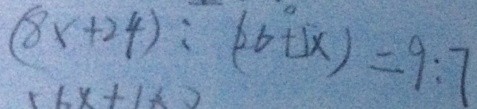
( 8 x + 2 4 ) : ( 2 6 + 5 x ) = 9 : 7